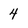
Character: 4